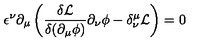
\epsilon ^ { \nu } \partial _ { \mu } \left( \frac { \delta \mathcal { L } } { \delta ( \partial _ { \mu } \phi ) } \partial _ { \nu } \phi - \delta _ { \nu } ^ { \mu } \mathcal { L } \right) = 0